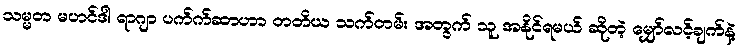
သမ္မတ မဟင်ဒါ ရာဂျာ ပက်က်ဆာဟာ တတိယ သက်တမ်း အတွက် သူ အနိုင်ရမယ် ဆိုတဲ့ မျှော်လင့်ချက်နဲ့